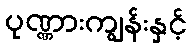
ပုဏ္ဏားကျွန်းနှင့်